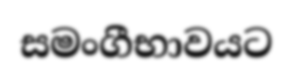
සමංගීභාවයට